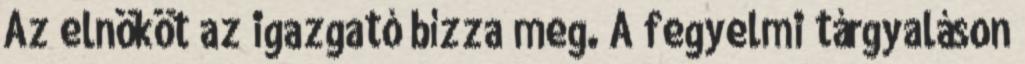
Az elnököt az igazgató bízza meg. A fegyelmi tárgyaláson